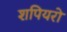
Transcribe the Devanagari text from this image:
शपियरो